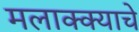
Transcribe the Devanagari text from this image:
मलाक्क्याचे